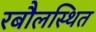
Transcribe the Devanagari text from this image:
रबौलस्थित